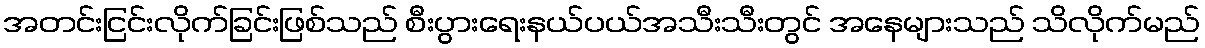
အတင်းငြင်းလိုက်ခြင်းဖြစ်သည် စီးပွားရေးနယ်ပယ်အသီးသီးတွင် အနေများသည် သိလိုက်မည်